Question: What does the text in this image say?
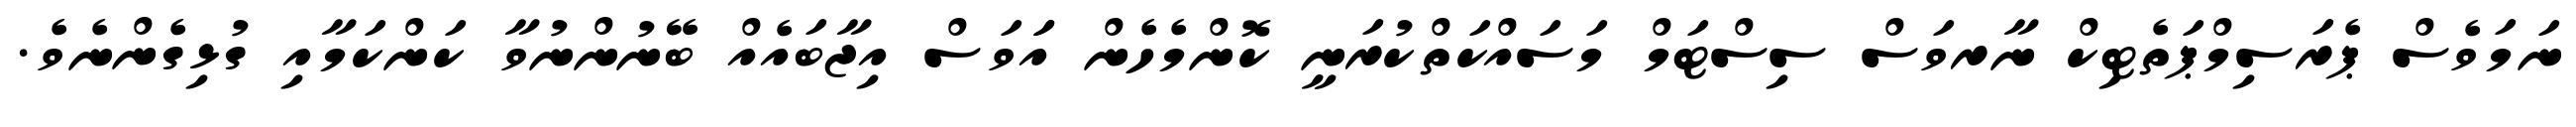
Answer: ނަމަވެސް ޕެރަސިމްޕަތެޓިކް ނާރވަސް ސިސްޓަމް މަސައްކަތްކުރަނީ ކޮންމެހެން އަަވަސް އިޖާބައެއް ބޭނުންނުވާ ކަންކަމާއި ގުޅިގެންނެވެ.